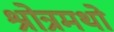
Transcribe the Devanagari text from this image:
श्रोत्रमथो